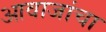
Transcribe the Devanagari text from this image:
आवाजांचा